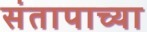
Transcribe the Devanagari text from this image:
संतापाच्या